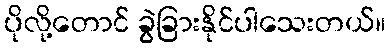
ပိုလို့တောင် ခွဲခြားနိုင်ပါသေးတယ်။